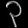
Digit: ၃